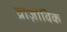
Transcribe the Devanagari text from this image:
व्रोज़ोविक